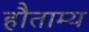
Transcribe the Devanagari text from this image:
हौताम्य